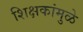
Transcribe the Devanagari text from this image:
शिक्षकांमुळे